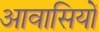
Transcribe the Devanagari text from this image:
आवासियों